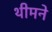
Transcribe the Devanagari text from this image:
थीमने